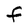
Character: f